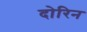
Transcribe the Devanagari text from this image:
दोरिन